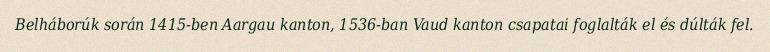
Belháborúk során 1415-ben Aargau kanton, 1536-ban Vaud kanton csapatai foglalták el és dúlták fel.